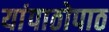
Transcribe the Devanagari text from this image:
यांपाठोपाठ